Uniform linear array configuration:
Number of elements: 4
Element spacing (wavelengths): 1
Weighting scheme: binomial
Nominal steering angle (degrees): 60
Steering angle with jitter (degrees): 60.161
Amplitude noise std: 0.05
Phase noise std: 0.05

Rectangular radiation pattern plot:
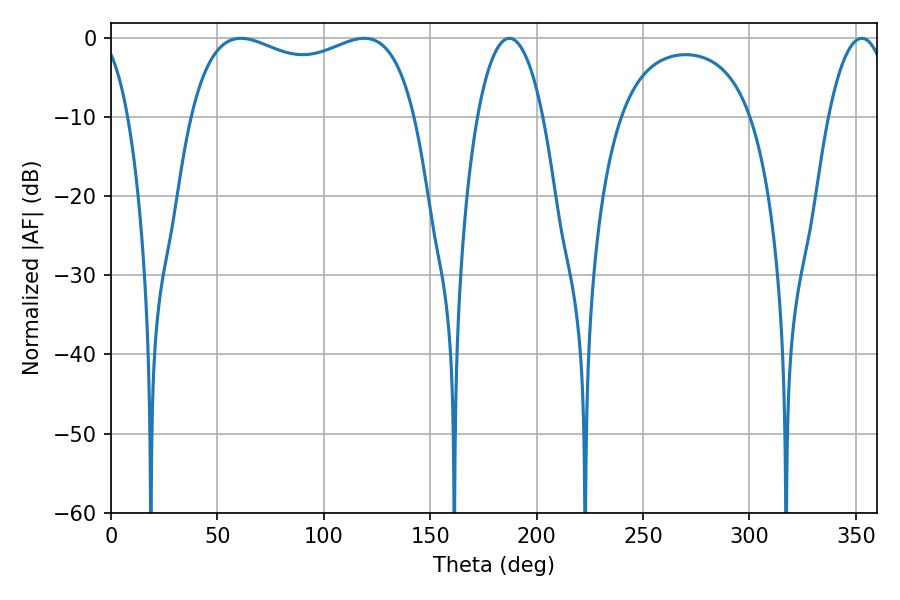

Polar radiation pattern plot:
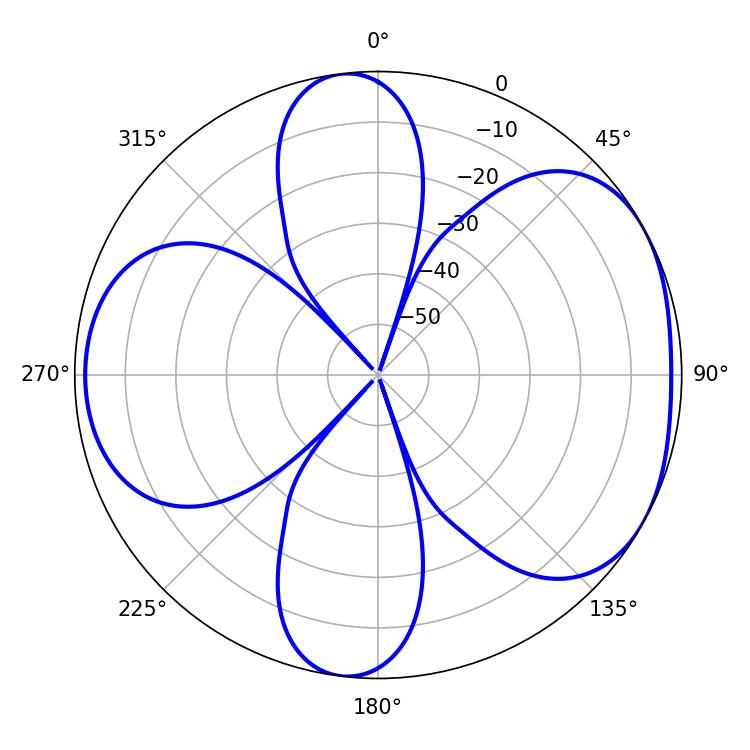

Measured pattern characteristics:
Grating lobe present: TRUE
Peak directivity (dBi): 4.923
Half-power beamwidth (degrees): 87.12
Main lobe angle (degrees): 61.02